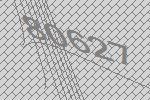
80627